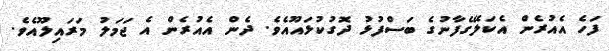
ފަހެ އެއުރެން އެކަލޭގެފާނުގެ ބަސްފުޅު ދޮގުކުޅައޫއެވެ. ދެން އެއުރެން އެ ޖަމަލު މަރައިލޫއެވެ.